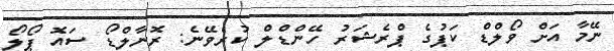
ނޭމާ އަށް ވޯލްޑް ކަޕުގެ ޕްރެޝަރު ހޭންޑްލް ކުރެވޭނެ: ރޮނާލްޑޯ ސައޮ ޕޯލޯ